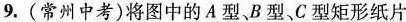
9.(常州中考)将图中的A型、B型、C型矩形纸片